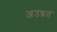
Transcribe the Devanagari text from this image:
अउन्नत